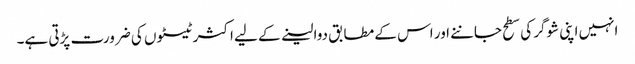
انہیں اپنی شوگر کی سطح جاننے اور اس کے مطابق دوا لینے کے لیے اکثر ٹیسٹوں کی ضرورت پڑتی ہے۔